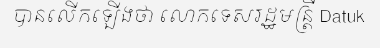
បានលើកឡើងថា លោកទេសរដ្ឋមន្ត្រី Datuk